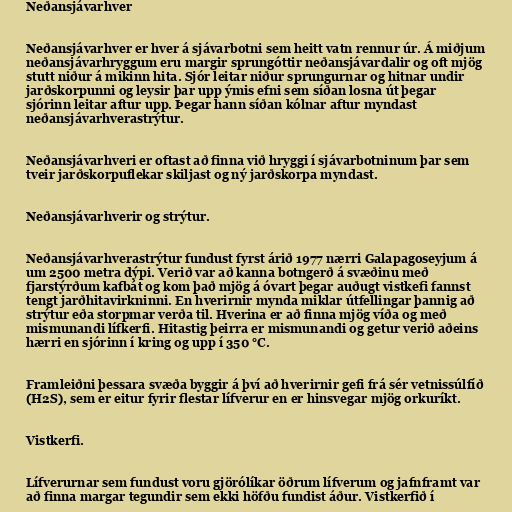
Neðansjávarhver

Neðansjávarhver er hver á sjávarbotni sem heitt vatn rennur úr. Á miðjum
neðansjávarhryggum eru margir sprungóttir neðansjávardalir og oft mjög
stutt niður á mikinn hita. Sjór leitar niður sprungurnar og hitnar undir
jarðskorpunni og leysir þar upp ýmis efni sem síðan losna út þegar
sjórinn leitar aftur upp. Þegar hann síðan kólnar aftur myndast
neðansjávarhverastrýtur.

Neðansjávarhveri er oftast að finna við hryggi í sjávarbotninum þar sem
tveir jarðskorpuflekar skiljast og ný jarðskorpa myndast.

Neðansjávarhverir og strýtur.

Neðansjávarhverastrýtur fundust fyrst árið 1977 nærri Galapagoseyjum á
um 2500 metra dýpi. Verið var að kanna botngerð á svæðinu með
fjarstýrðum kafbát og kom það mjög á óvart þegar auðugt vistkefi fannst
tengt jarðhitavirkninni. En hverirnir mynda miklar útfellingar þannig að
strýtur eða storpmar verða til. Hverina er að finna mjög víða og með
mismunandi lífkerfi. Hitastig þeirra er mismunandi og getur verið aðeins
hærri en sjórinn í kring og upp í 350 °C.

Framleiðni þessara svæða byggir á því að hverirnir gefi frá sér vetnissúlfíð
(H2S), sem er eitur fyrir flestar lífverur en er hinsvegar mjög orkuríkt.

Vistkerfi.

Lífverurnar sem fundust voru gjörólíkar öðrum lífverum og jafnframt var
að finna margar tegundir sem ekki höfðu fundist áður. Vistkerfið í